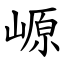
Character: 㟲